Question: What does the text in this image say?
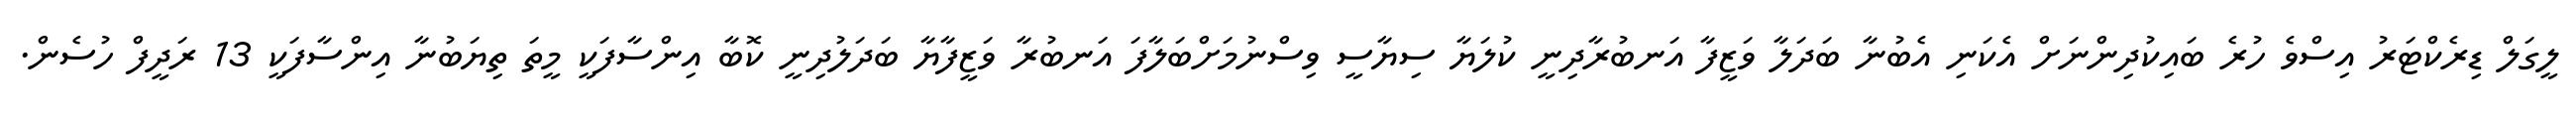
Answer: ލީގަލް ޑިރެކްޓަރު އިސްވެ ހުރެ ބައިކުދިންނަށް އެކަނި އެބުނާ ބަދަލާ ވަޒީފާ އަނބުރާދިނީ ކުލަޔާ ސިޔާސީ ވިސްނުމަށްބަލާފަ އަނބުރާ ވަޒީފާޔާ ބަދަލުދިނީ ކޮބާ އިންސާފަކީ މީތަ ތިޔަބުނާ އިންސާފަކީ 13 ރަދީފް ހުސެން.